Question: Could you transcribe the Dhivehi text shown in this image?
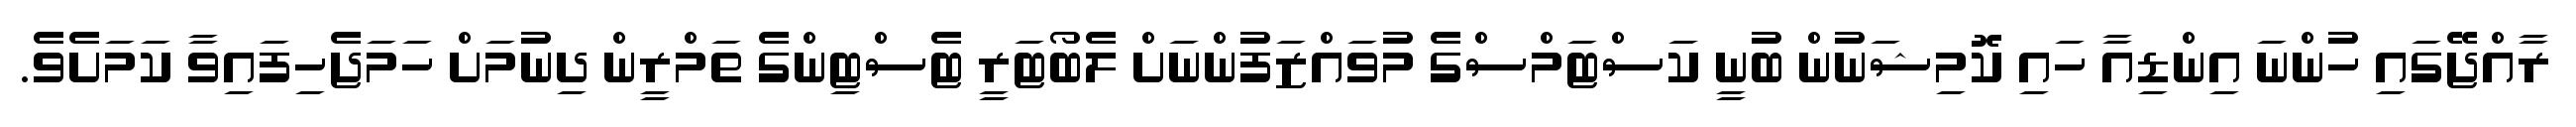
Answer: ރާއްޖޭގައި ހުންނަ އިންޑިއާ ހައި ކޮމިޝަނުން ބުނީ ކަސްޓަމްސްގެ މުވައްޒަފުންނަށް ލެބޯޓަރީ ޓެސްޓިންގެ ތަމްރީން ދިނުމަށް ހަމަޖެހިފައިވާ ކަމަށެވެ.